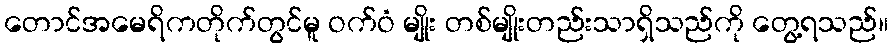
တောင်အမေရိကတိုက်တွင်မူ ဝက်ဝံ မျိုး တစ်မျိုးတည်းသာရှိသည်ကို တွေ့ရသည်။